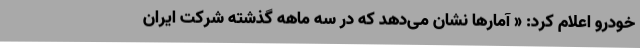
خودرو اعلام کرد: « آمارها نشان می‌دهد که در سه ماهه گذشته شرکت ایران